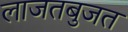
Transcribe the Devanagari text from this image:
लाजतबुजत